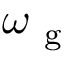
\omega _ { \mathrm { ~ g ~ } }